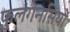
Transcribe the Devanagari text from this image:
फुलगेनसियों